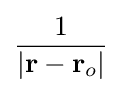
{\frac {1}{\left|\mathbf {r} -\mathbf {r} _{o}\right|}}